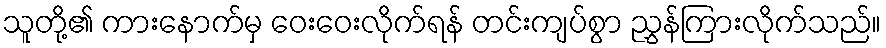
သူတို့၏ ကားနောက်မှ ဝေးဝေးလိုက်ရန် တင်းကျပ်စွာ ညွှန်ကြားလိုက်သည်။